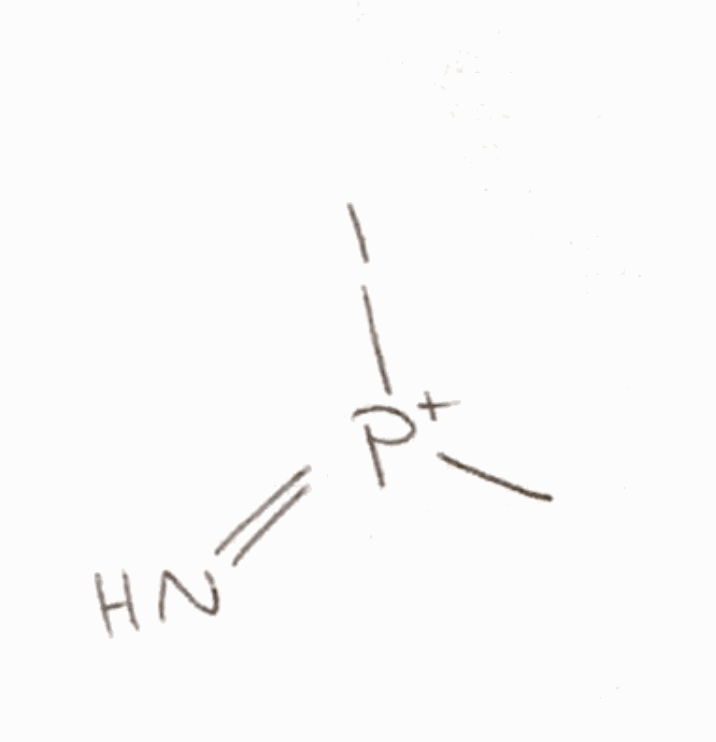
Simplified molecular-input line-entry system (SMILES) notation of the given molecule:
C[P+](=N)I